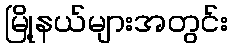
မြို့နယ်များအတွင်း